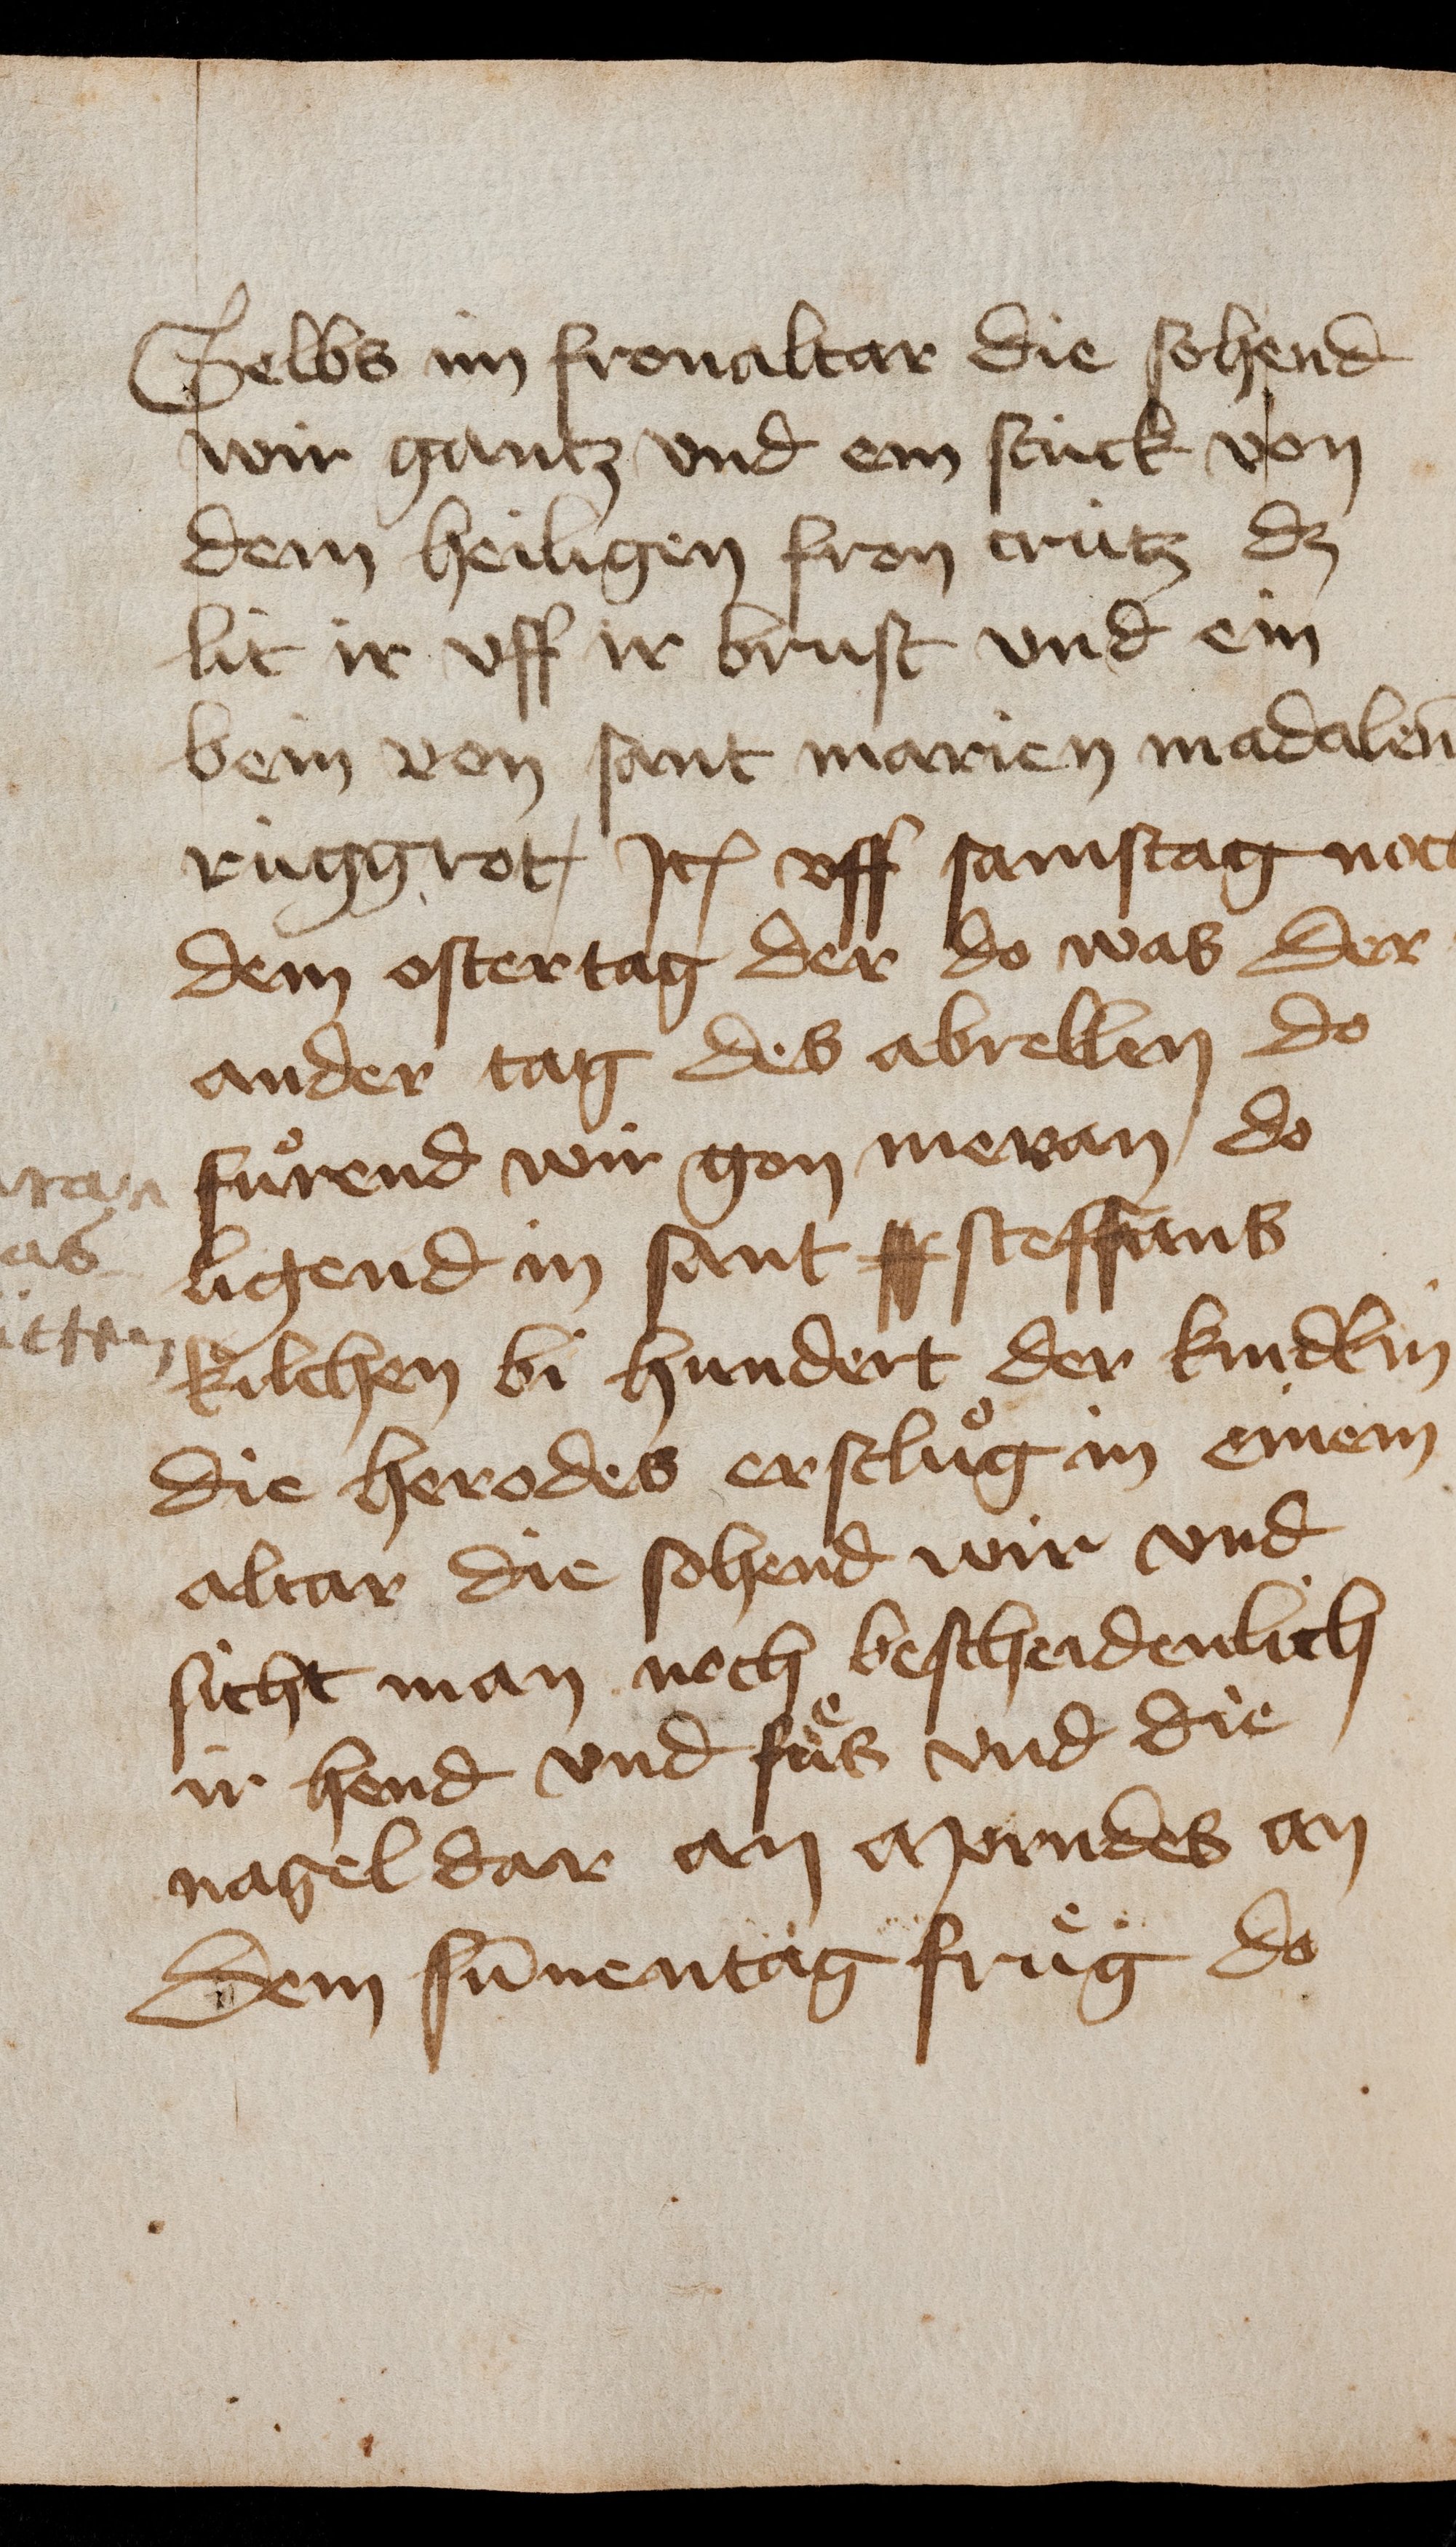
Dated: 1435–1475